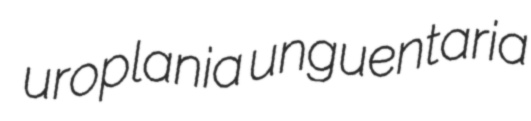
uroplania unguentaria